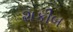
શકીબ